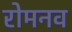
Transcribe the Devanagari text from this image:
रोमनव